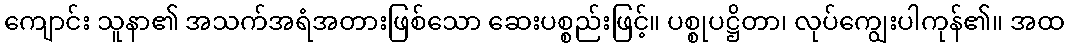
ကျောင်း သူနာ၏ အသက်အရံအတားဖြစ်သော ဆေးပစ္စည်းဖြင့်။ ပစ္စုပဋ္ဌိတာ၊ လုပ်ကျွေးပါကုန်၏။ အထ